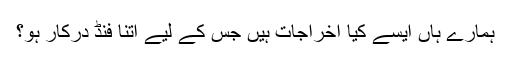
ہمارے ہاں ایسے کیا اخراجات ہیں جس کے لیے اتنا فنڈ درکار ہو؟